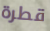
قطرة